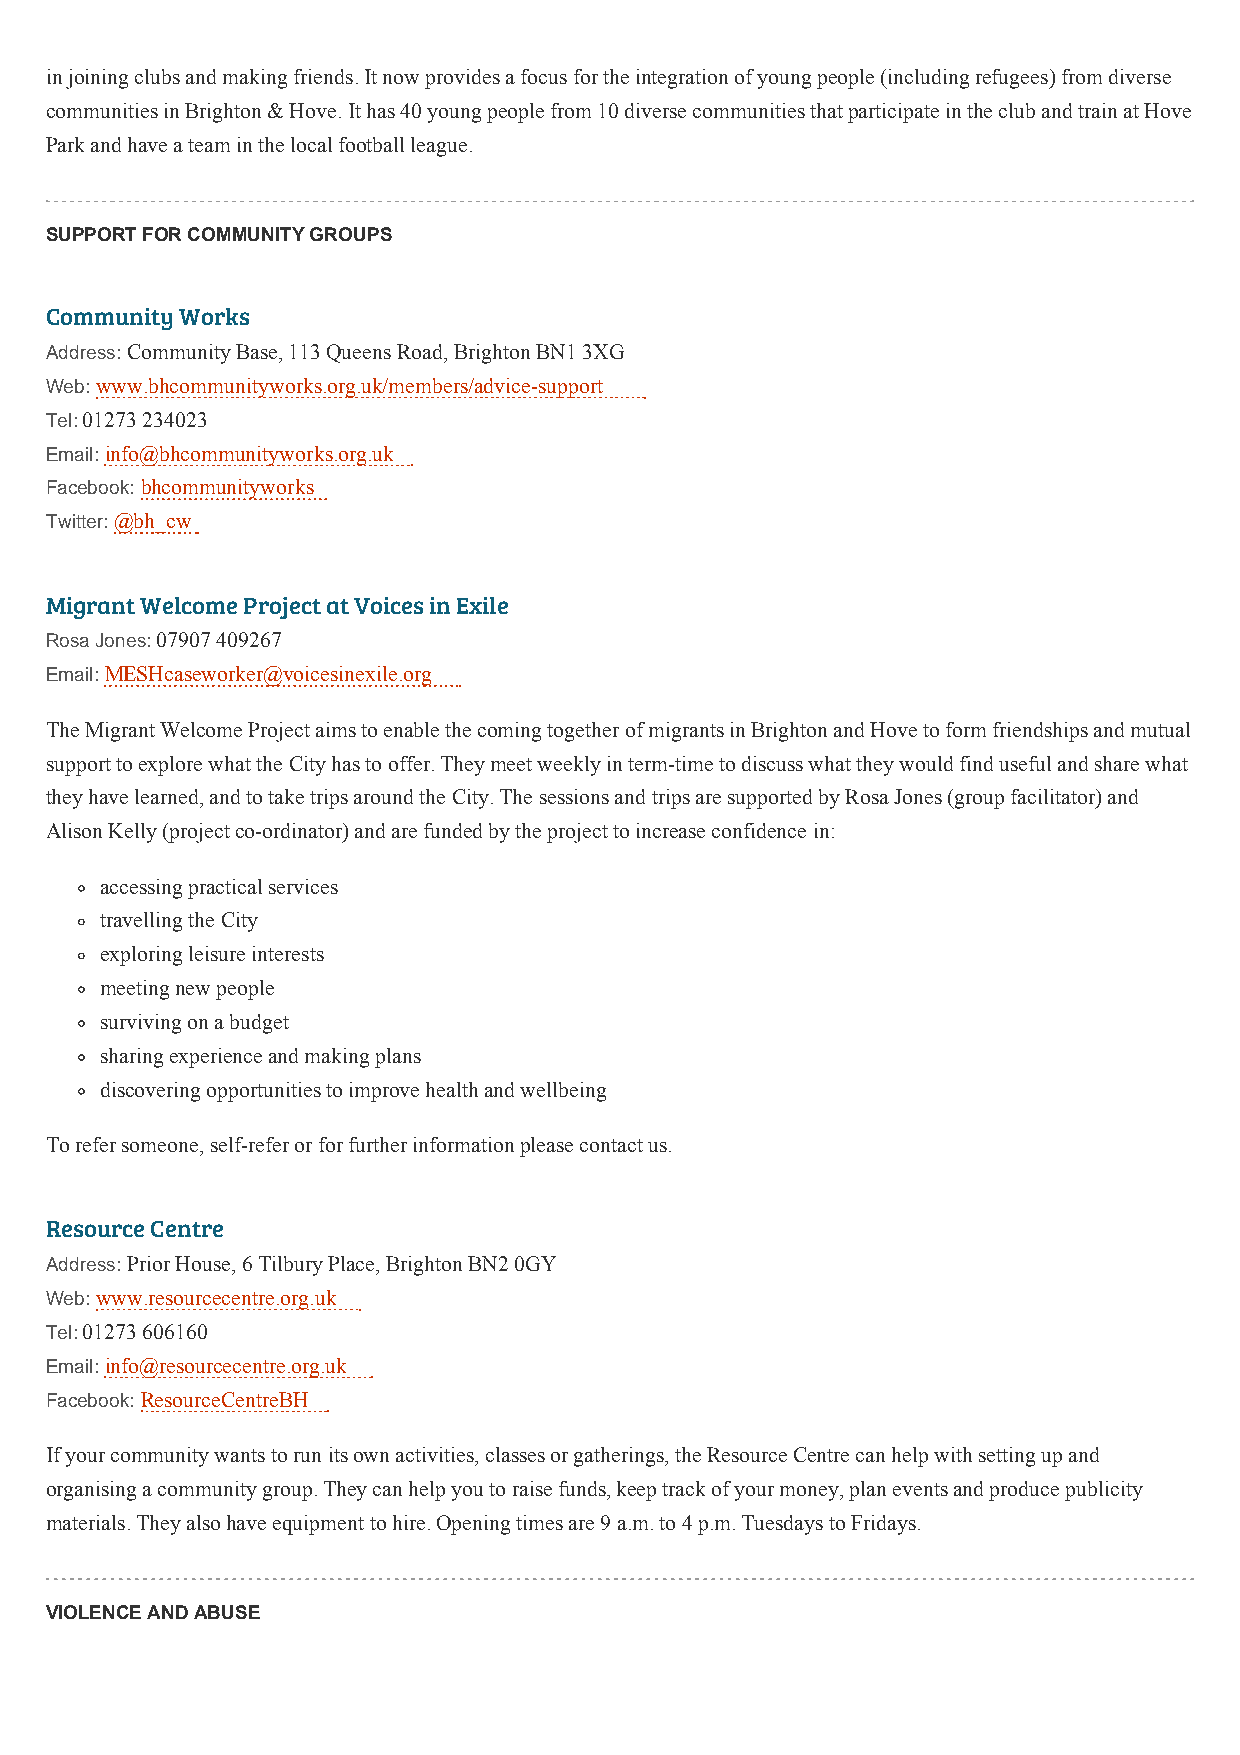
in joining clubs and making friends. It now provides a focus for the integration of young people (including refugees) from diverse
 communities in Brighton & Hove. It has 40 young people from 10 diverse communities that participate in the club and train at Hove
 Park and have a team in the local football league.
 SUPPORT FOR COMMUNITY GROUPS
 Community Works
 Address: Community Base, 113 Queens Road, Brighton BN1 3XG
 Web: www.bhcommunityworks.org.uk/members/advice-support
 Tel: 01273 234023
 Email: info@bhcommunityworks.org.uk
 Facebook: bhcommunityworks
 Twitter: @bh_cw
 Migrant Welcome Project at Voices in Exile
 Rosa Jones: 07907 409267
 Email: MESHcaseworker@voicesinexile.org
 The Migrant Welcome Project aims to enable the coming together of migrants in Brighton and Hove to form friendships and mutual
 support to explore what the City has to offer. They meet weekly in term-time to discuss what they would find useful and share what
 they have learned, and to take trips around the City. The sessions and trips are supported by Rosa Jones (group facilitator) and
 Alison Kelly (project co-ordinator) and are funded by the project to increase confidence in:
 accessing practical services
 travelling the City
 exploring leisure interests
 meeting new people
 surviving on a budget
 sharing experience and making plans
 discovering opportunities to improve health and wellbeing
 To refer someone, self-refer or for further information please contact us.
 Resource Centre
 Address: Prior House, 6 Tilbury Place, Brighton BN2 0GY
 Web: www.resourcecentre.org.uk
 Tel: 01273 606160
 Email: info@resourcecentre.org.uk
 Facebook: ResourceCentreBH
 If your community wants to run its own activities, classes or gatherings, the Resource Centre can help with setting up and
 organising a community group. They can help you to raise funds, keep track of your money, plan events and produce publicity
 materials. They also have equipment to hire. Opening times are 9 a.m. to 4 p.m. Tuesdays to Fridays.
 VIOLENCE AND ABUSE